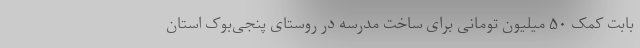
بابت کمک ۵۰ میلیون تومانی برای ساخت مدرسه در روستای پنجی‌بوک استان